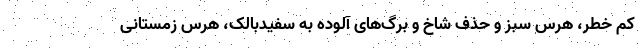
کم خطر، هرس سبز و حذف شاخ و برگ‌های آلوده به سفیدبالک، هرس زمستانی